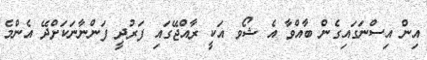
އިން އިސްނަގައިގެން ބާއްވާ އެ ޝޯވ އަކީ ރާއްޖޭގައި ފަރުދީ ފަންނާނަކަށްދޭ އެންމެ